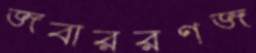
জবাররণজ